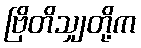
ဗြိတိသျှတို့က